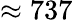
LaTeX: \approx 737